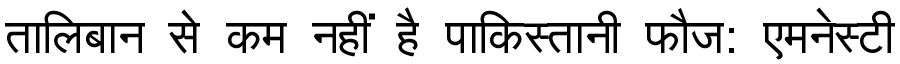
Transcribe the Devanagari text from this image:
तालिबान से कम नहीं है पाकिस्तानी फौज: एमनेस्टी